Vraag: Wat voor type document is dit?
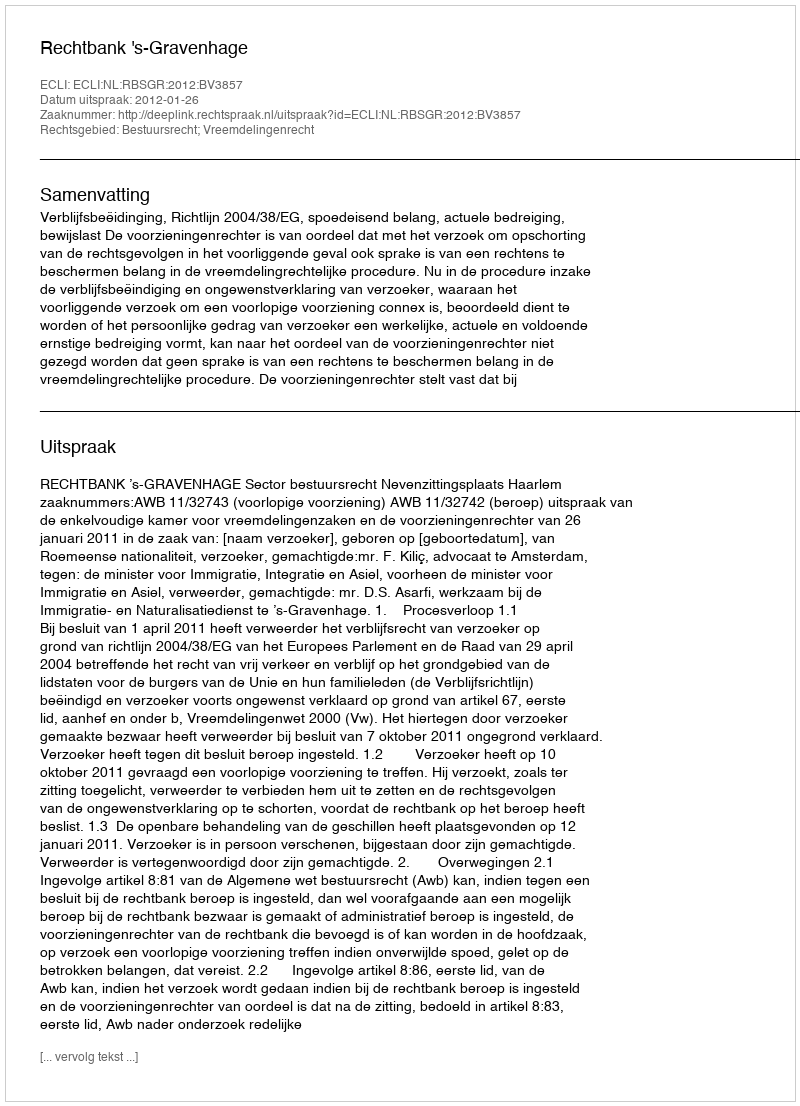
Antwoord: Uitspraak